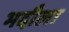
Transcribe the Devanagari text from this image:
भदौला